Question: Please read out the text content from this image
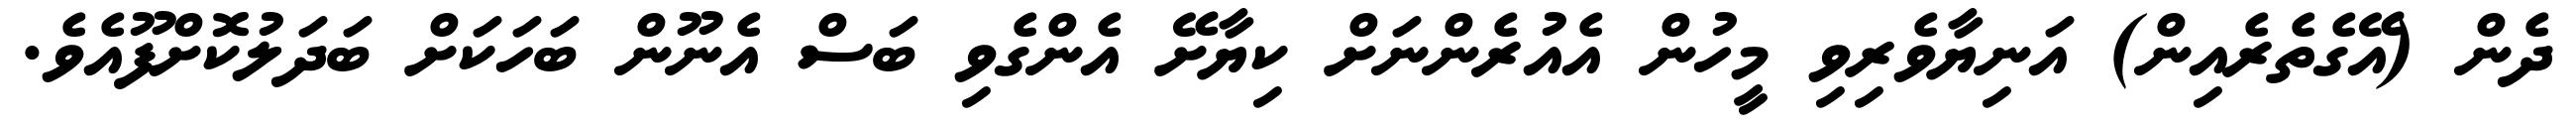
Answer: ދެން (އޭގެތެރެއިން) އަނިޔާވެރިވި މީހުން އެއުރެންނަށް ކިޔާށޭ އެންގެވި ބަސް އެނޫން ބަހަކަށް ބަދަލުކޮށްފޫއެވެ.